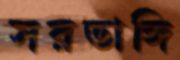
সরডাঙ্গি